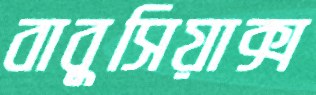
বাবুসিয়াক্স